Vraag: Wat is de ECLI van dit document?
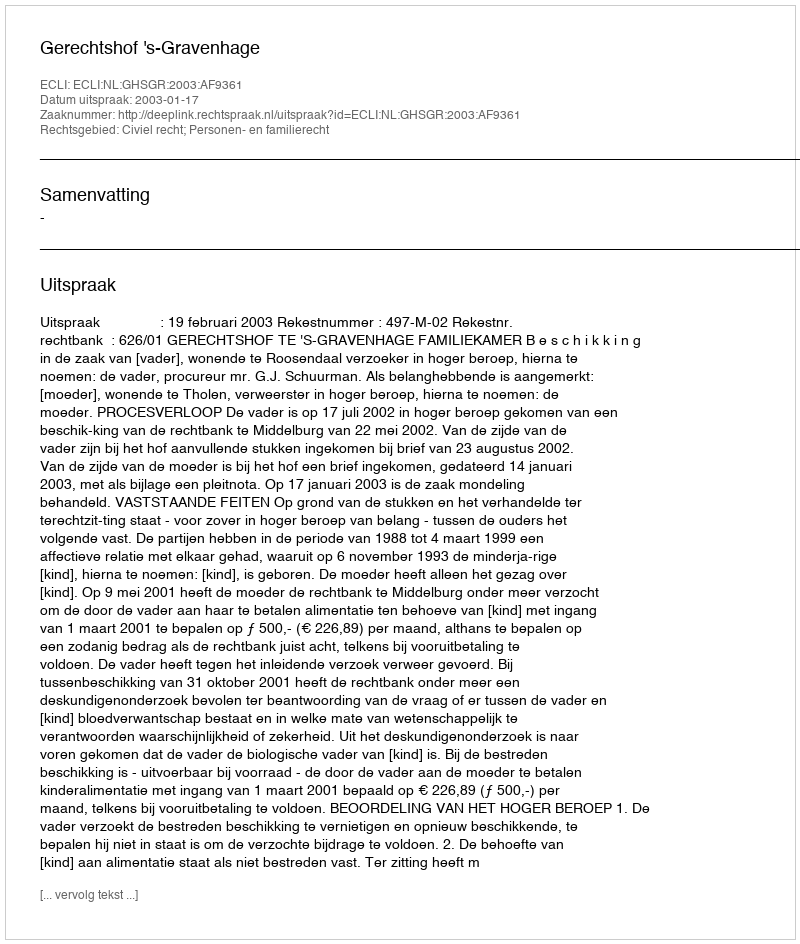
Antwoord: ECLI:NL:GHSGR:2003:AF9361